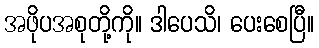
အဖိုပအစုတို့ကို။ ဒါပေသိ၊ ပေးစေပြီ။